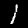
Digit: 1